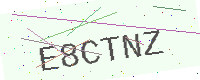
Text: E8CTNZ